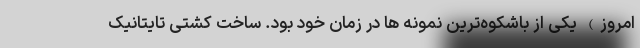
امروز) یکی از باشکوه‌ترین نمونه ها در زمان خود بود. ساخت کشتی تایتانیک